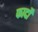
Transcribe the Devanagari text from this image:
फार्दों